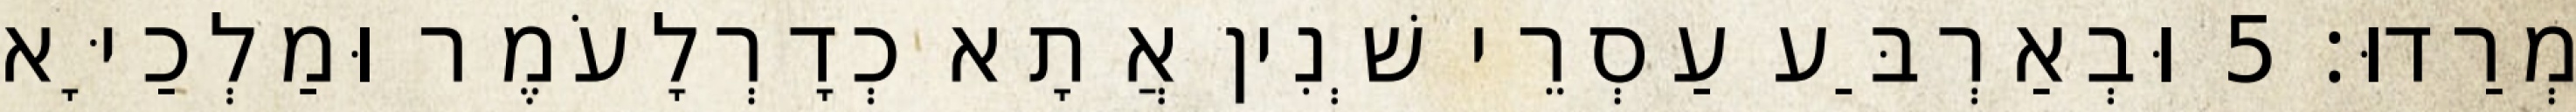
מְרַדוּ׃ 5 וּבְאַרְבַּע עַסְרֵי שְׁנִין אֲתָא כְדָרְלָעֹמֶר וּמַלְכַיָּא